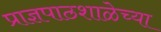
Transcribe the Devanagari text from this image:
प्राज्ञपाठशाळेच्या